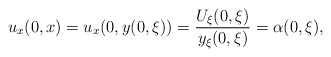
\begin{align*} u_x(0,x)=u_x(0,y(0,\xi))=\frac{U_\xi(0,\xi)}{y_\xi(0,\xi)}=\alpha(0,\xi),\end{align*}